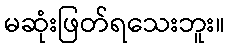
မဆုံးဖြတ်ရသေးဘူး။